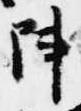
陣